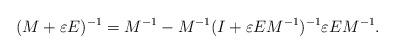
LaTeX: \begin{align*}(M+\varepsilon E)^{-1}=M^{-1}-M^{-1}(I+\varepsilon EM^{-1})^{-1}\varepsilon EM^{-1}.\end{align*}